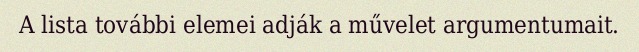
A lista további elemei adják a művelet argumentumait.